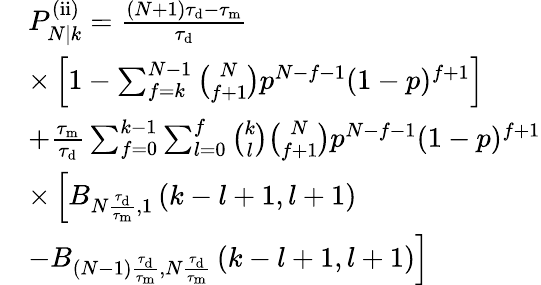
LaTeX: \begin{array}{rl}&{P_{N|k}^{\mathrm{(ii)}}=\frac{(N+1)\tau_{\mathrm{d}}-\tau_{\mathrm{m}}}{\tau_{\mathrm{d}}}}\\ &{\times\left[1-\sum_{f=k}^{N-1}\binom{N}{f+1}p^{N-f-1}(1-p)^{f+1}\right]}\\ &{+\frac{\tau_{\mathrm{m}}}{\tau_{\mathrm{d}}}\sum_{f=0}^{k-1}\sum_{l=0}^{f}\binom{k}{l}\binom{N}{f+1}p^{N-f-1}(1-p)^{f+1}}\\ &{\times\left[B_{N\frac{\tau_{\mathrm{d}}}{\tau_{\mathrm{m}}},1}\left(k-l+1,l+1\right)\right.}\\ &{\left.-B_{(N-1)\frac{\tau_{\mathrm{d}}}{\tau_{\mathrm{m}}},N\frac{\tau_{\mathrm{d}}}{\tau_{\mathrm{m}}}}\left(k-l+1,l+1\right)\right]}\end{array}